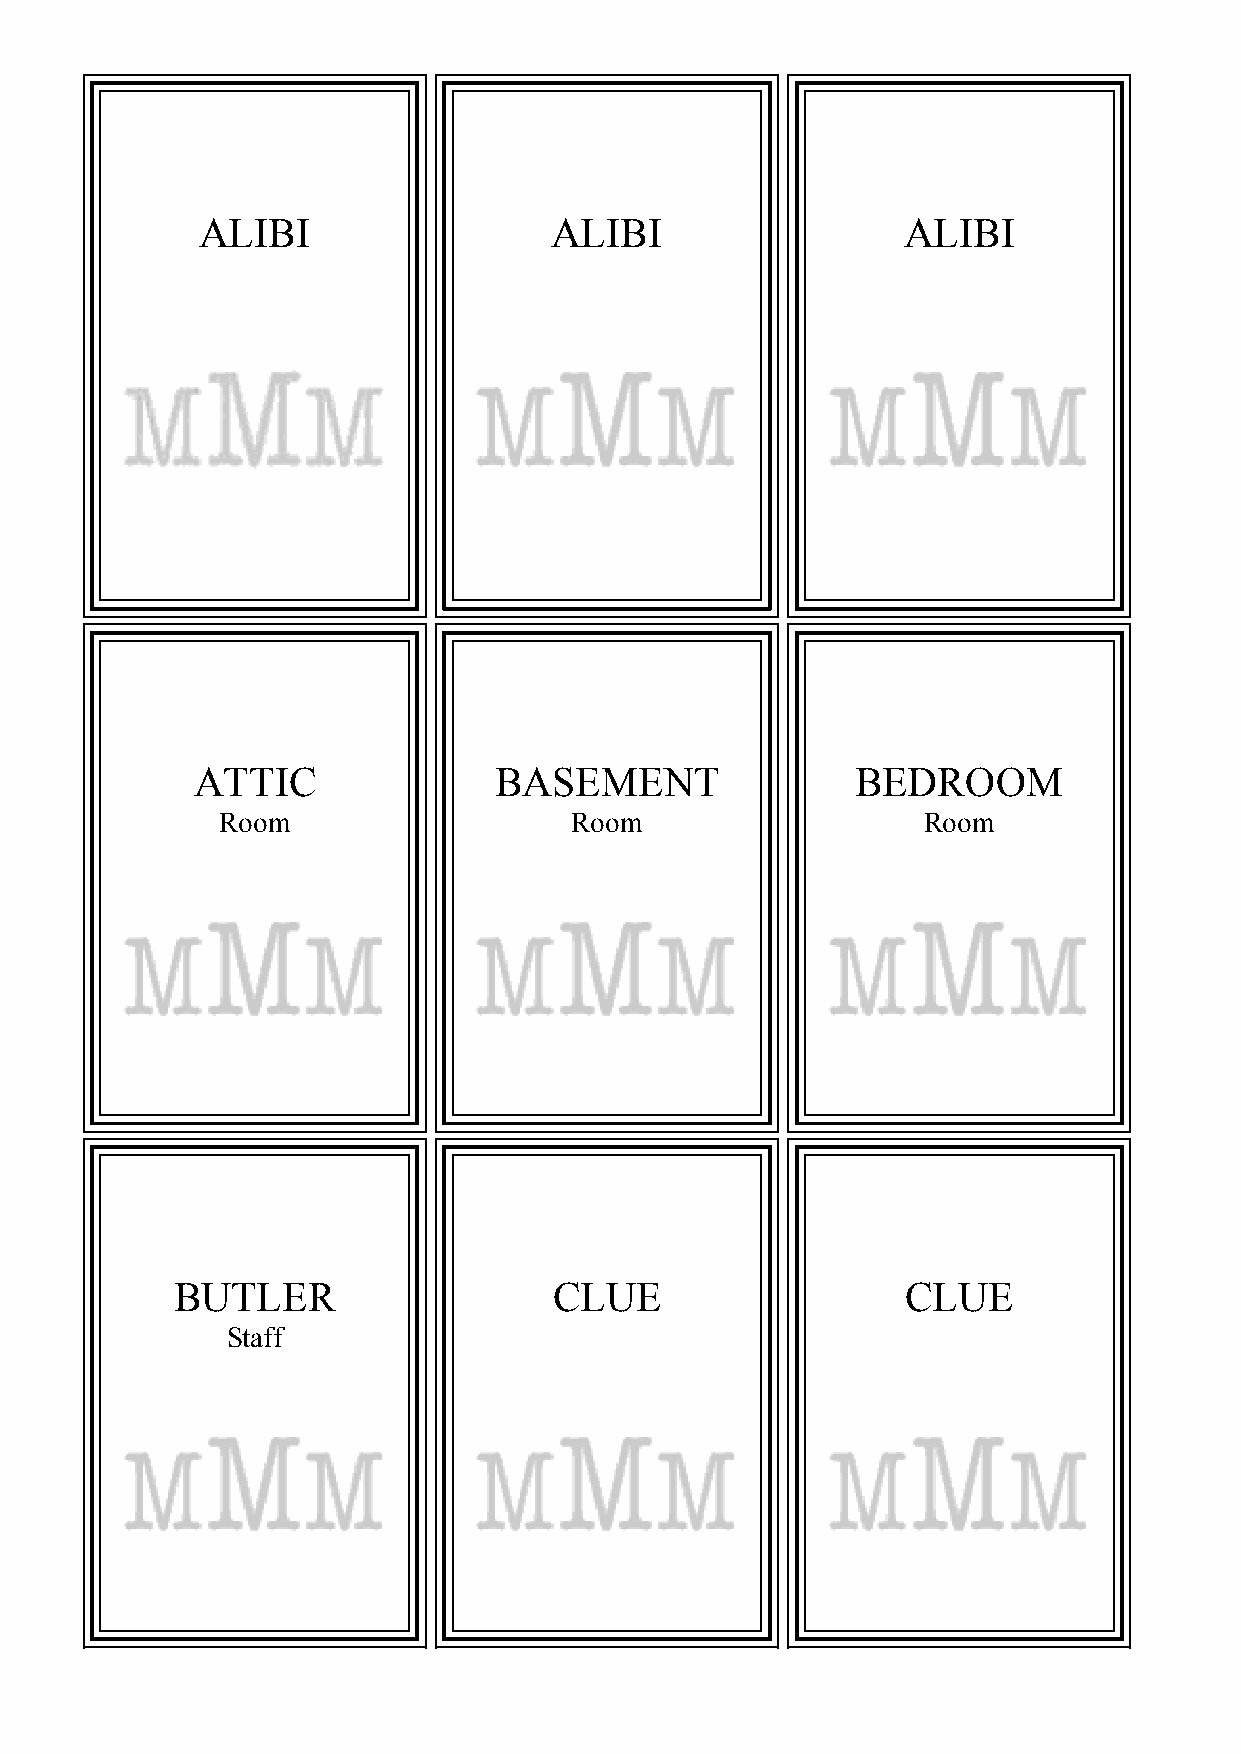
ALIBI                  ALIBI                   ALIBI
 ATTIC               BASEMENT                BEDROOM
 Room                   Room                   Room
 BUTLER                   CLUE                   CLUE
 Staff